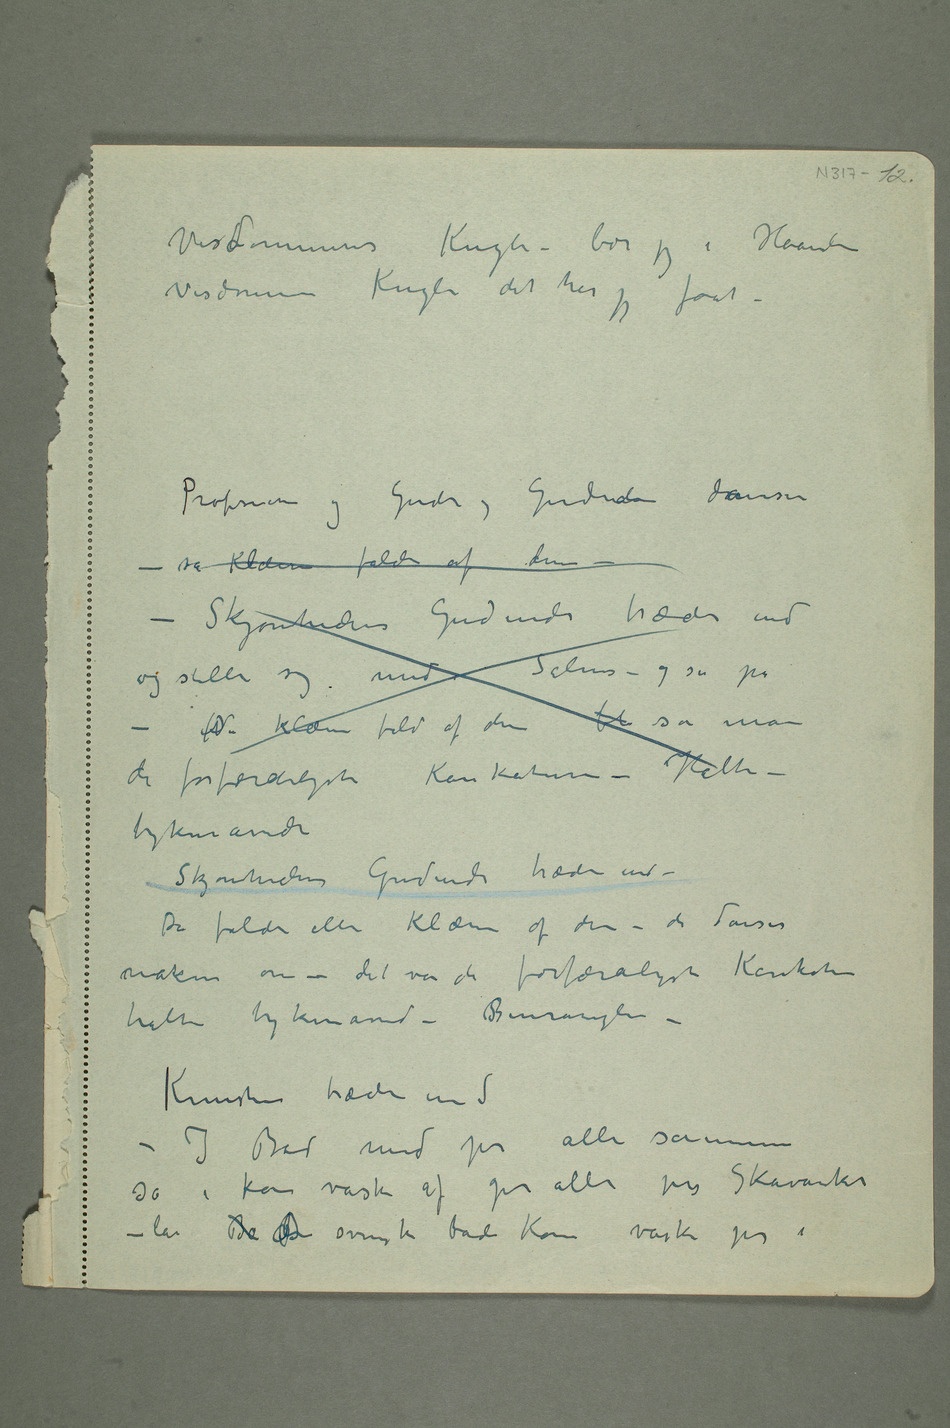
Visdommernes Kugle – bær jeg i Haanden
Visdommens Kugle det har jeg faat –
Professoren og Guder, Gudinder danser –
så Klæerne falder af dem –
– Skjønhedens Gudinde træder ind
og stiller sig mid i Salen – og så på –
de forfærdeligste Karikaturer – Halte –
tykmavede
Skjønhedens Gudinde træder ind –
Da falder alle Klæerne af dem – de danser
nakne om – det var de forfærdeligste Karikaturer
halte tykmavede – Benrangler –
Kunsten træder ind
– I Bad med jer alle sammen
så i kan vaske af jer alle jers Skavanker –
la B den svenske bade Kone vaske jer i